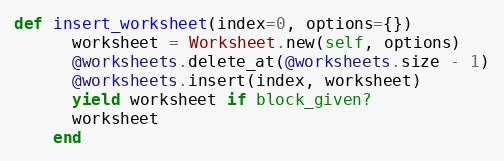
Language: Ruby
def insert_worksheet(index=0, options={})
      worksheet = Worksheet.new(self, options)
      @worksheets.delete_at(@worksheets.size - 1)
      @worksheets.insert(index, worksheet)
      yield worksheet if block_given?
      worksheet
    end